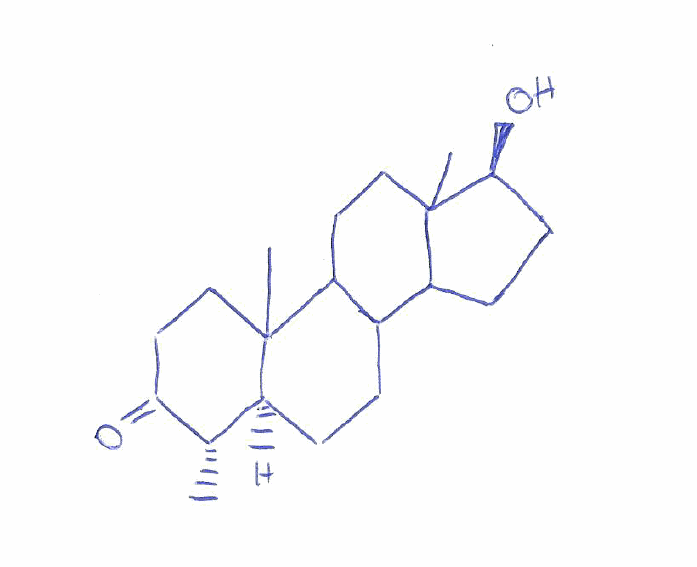
Simplified molecular-input line-entry system (SMILES) notation of the given molecule:
C[C@H]1[C@@H]2CCC3C4CC[C@@H](C4(CCC3C2(CCC1=O)C)C)O